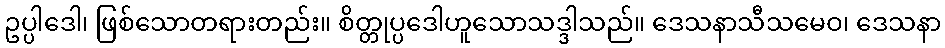
ဥပ္ပါဒေါ၊ ဖြစ်သောတရားတည်း။ စိတ္တုပ္ပဒေါဟူသောသဒ္ဒါသည်။ ဒေသနာသီသမေဝ၊ ဒေသနာ